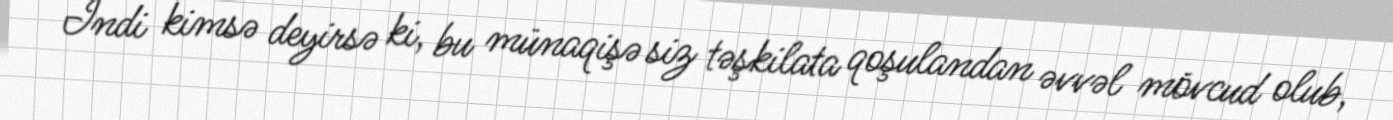
İndi kimsə deyirsə ki, bu münaqişə siz təşkilata qoşulandan əvvəl mövcud olub,